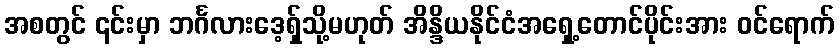
အစတွင် ၎င်းမှာ ဘင်္ဂလားဒေ့ရှ်သို့မဟုတ် အိန္ဒိယနိုင်ငံအရှေ့တောင်ပိုင်းအား ဝင်ရောက်